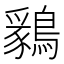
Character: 𪅊